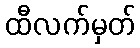
ထီလက်မှတ်